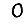
Digit: 0